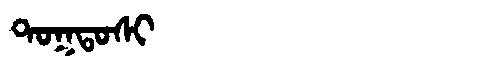
Manchu: ᡨᠣᡴᡨᠣᠰᡳ
Romanization: TOKTOSI